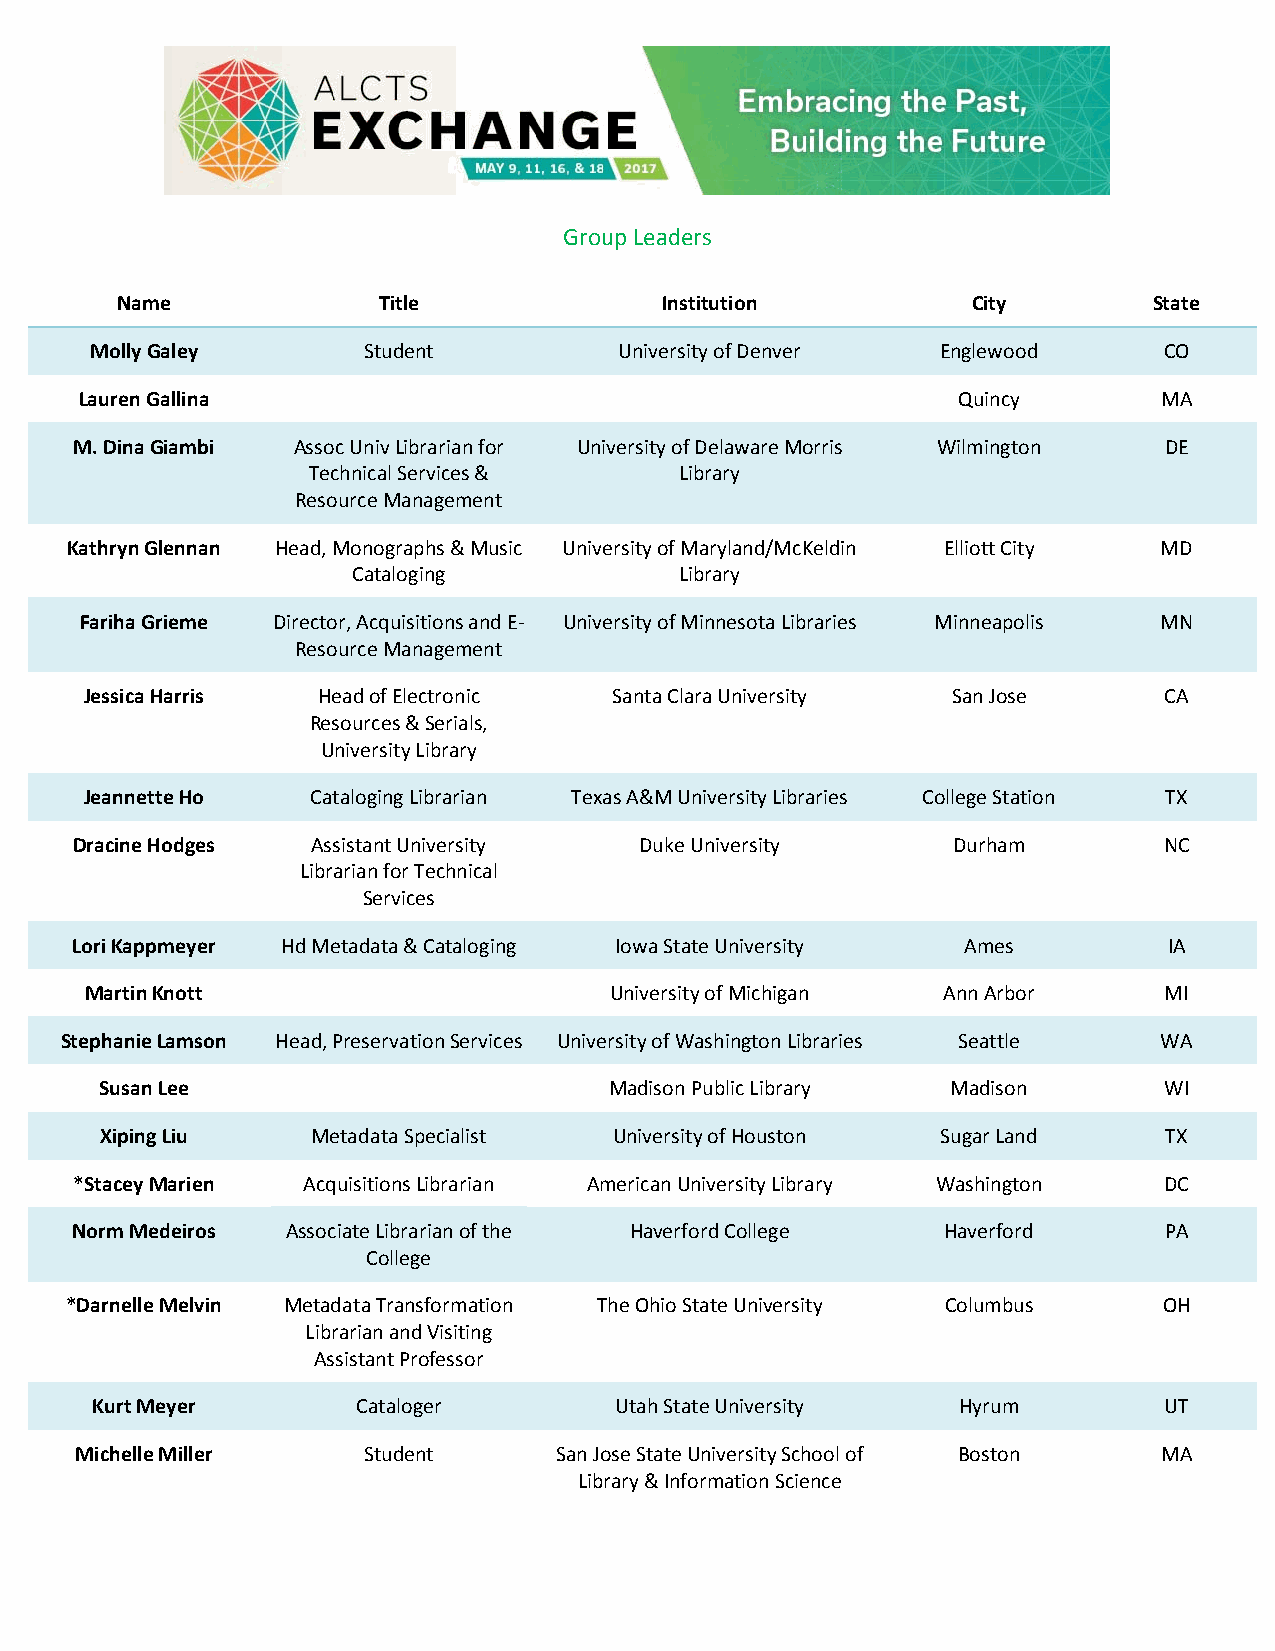
Group Leaders
 Name             Title              Institution         City        State
 Molly Galey       Student          University of Denver Englewood      CO
 Lauren Gallina                                            Quincy        MA
 M. Dina Giambi Assoc Univ Librarian for University of Delaware Morris Wilmington DE
 Technical Services &     Library
 Resource Management
 Kathryn Glennan Head, Monographs & Music University of Maryland/McKeldin Elliott City MD
 Cataloging            Library
 Fariha Grieme Director, Acquisitions and E‐ University of Minnesota Libraries Minneapolis MN
 Resource Management
 Jessica Harris Head of Electronic  Santa Clara University San Jose     CA
 Resources & Serials,
 University Library
 Jeannette Ho   Cataloging Librarian Texas A&M University Libraries College Station TX
 Dracine Hodges  Assistant University Duke University      Durham        NC
 Librarian for Technical
 Services
 Lori Kappmeyer Hd Metadata & Cataloging Iowa State University Ames      IA
 Martin Knott                      University of Michigan Ann Arbor     MI
 Stephanie Lamson Head, Preservation Services University of Washington Libraries Seattle WA
 Susan Lee                        Madison Public Library Madison       WI
 Xiping Liu    Metadata Specialist University of Houston Sugar Land    TX
 *Stacey Marien Acquisitions Librarian American University Library Washington DC
 Norm Medeiros Associate Librarian of the Haverford College Haverford    PA
 College
 *Darnelle Melvin Metadata Transformation The Ohio State University Columbus OH
 Librarian and Visiting
 Assistant Professor
 Kurt Meyer        Cataloger        Utah State University Hyrum         UT
 Michelle Miller    Student      San Jose State University School of Boston MA
 Library & Information Science